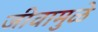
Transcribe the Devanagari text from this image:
जीवामुळे